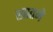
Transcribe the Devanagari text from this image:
खातमे